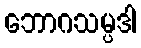
ဘောဂသမ္ပဒါ